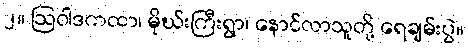
၂။ ဩဝါဒကထာ၊ မိုဃ်းကြီးရွာ၊ နောင်လာသူတို့ ရေချမ်းပွဲ။